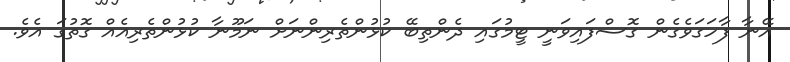
އޭނާ ފާހަގަވެގެން ގޮސްފައިވަނީ ޓީމުގައި ދެންތިބޭ ކުޅުންތެރިންނަށް ނަމޫނާ ކުޅުންތެރިއެއް ގޮތުގަ އެވެ.